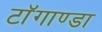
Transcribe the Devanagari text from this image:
टाॅगाण्डा